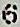
6